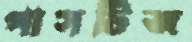
পাসটিজ